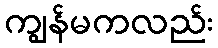
ကျွန်မကလည်း